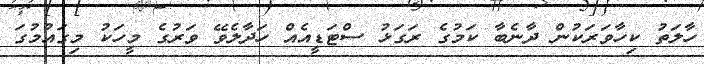
ހާލަތު ކިހާވަރަކުން ދާނެބާ ކަމުގެ ރަގަޅު ސްޓަޑީއެެއް ހަދާލެވޭ ވަރުގެ މީހަކު މިގައުމުގަ